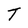
Character: T